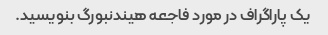
یک پاراگراف در مورد فاجعه هیندنبورگ بنویسید.